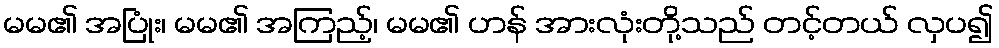
မမ၏ အပြုံး၊ မမ၏ အကြည့်၊ မမ၏ ဟန် အားလုံးတို့သည် တင့်တယ် လှပ၍